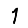
Digit: 1